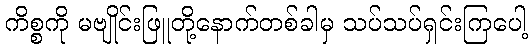
ကိစ္စကို မဗျိုင်းဖြူတို့နောက်တစ်ခါမှ သပ်သပ်ရှင်းကြပေါ့